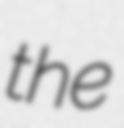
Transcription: the